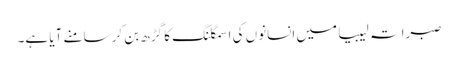
صبراتہ لیبیا میں انسانوں کی اسمگلنگ کا گڑھ بن کر سامنے آیا ہے۔